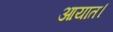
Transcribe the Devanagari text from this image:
आयात।